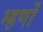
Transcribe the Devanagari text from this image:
म्हणों